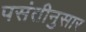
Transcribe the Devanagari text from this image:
पसंतीनुसार